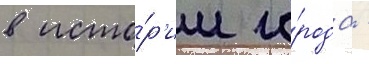
в исто́р'ии го́рода -